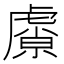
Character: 𬟮